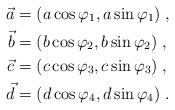
LaTeX: \begin{align*}\vec{a} &= (a \cos \varphi_1, a \sin \varphi_1) \;, \\\vec{b} &= (b \cos \varphi_2, b \sin \varphi_2) \;, \\\vec{c} &= (c \cos \varphi_3, c \sin \varphi_3) \;, \\\vec{d} &= (d \cos \varphi_4, d \sin \varphi_4) \;.\end{align*}